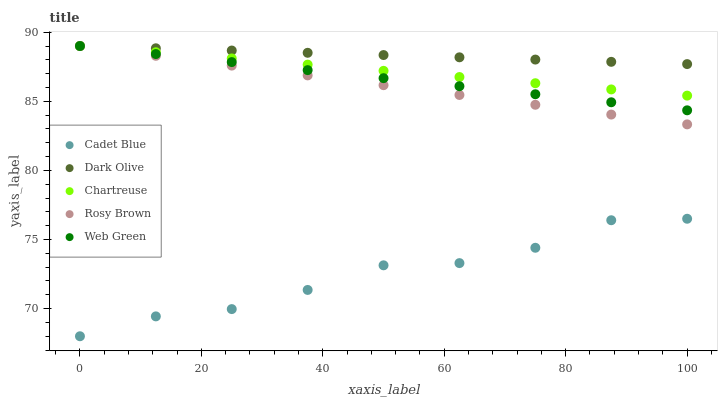
| xaxis_label | Cadet Blue | Dark Olive | Chartreuse | Rosy Brown | Web Green |
 | --- | --- | --- | --- | --- | --- |
 | 0 | 68 | 89 | 89 | 89 | 89 |
 | 12.5 | 69.4 | 88.8 | 88.6 | 88.3 | 88.4 |
 | 25 | 70 | 88.7 | 88.1 | 87.6 | 87.8 |
 | 37.5 | 71.4 | 88.5 | 87.7 | 86.9 | 87.3 |
 | 50 | 73.1 | 88.3 | 87.2 | 86.2 | 86.7 |
 | 62.5 | 73.3 | 88.2 | 86.8 | 85.5 | 86.1 |
 | 75 | 74.4 | 88 | 86.3 | 84.7 | 85.5 |
 | 87.5 | 76.4 | 87.9 | 85.9 | 84 | 84.9 |
 | 100 | 76.5 | 87.7 | 85.4 | 83.3 | 84.3 |